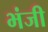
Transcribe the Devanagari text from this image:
भंजी